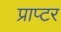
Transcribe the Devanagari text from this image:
प्राप्टर